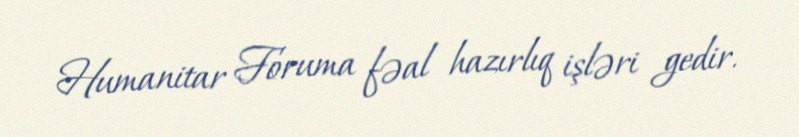
Humanitar Foruma fəal hazırlıq işləri gedir.